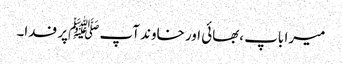
میرا باپ ،بھائی اور خاوند آپ ﷺپر فدا۔